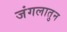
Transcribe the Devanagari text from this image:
जंगलातुन